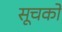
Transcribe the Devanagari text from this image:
सूचको